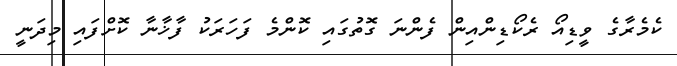
ކެމެރާގެ ވީޑިއޯ ރެކޯޑިންއިން ފެންނަ ގޮތުގައި ކޮންމެ ފަހަރަކު ފާޚާނާ ކޮށްފައި މިދަނީ